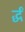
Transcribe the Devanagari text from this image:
र्द्धं